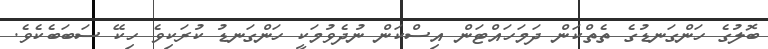
ބޮލުގެ ހަންގަނޑުގެ ތެތްކަން ދަމަހައްޓަން އިސްކަން ނުދެވުމަކީ ހަންގަނޑު ކުރަކިވެ ހިކޭ ސަބަބެކެވެ.